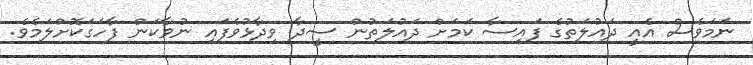
ނަމަވެސް އެއީ ދައުލަތުގެ ފައިސާ ކަމަށް ދައުލަތުން ސީދާ ވިދާޅުވެފައި ނުވާކަން ފާހަގަކޮށްލަމެވެ.